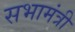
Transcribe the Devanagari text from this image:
सभामंत्री